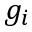
g _ { i }